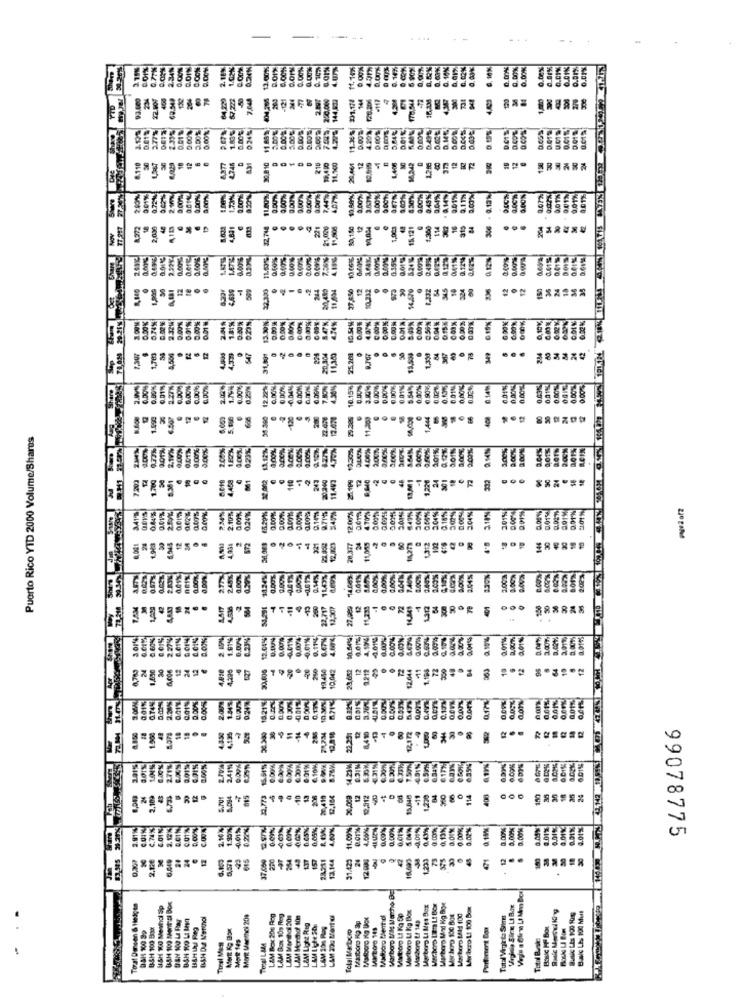
-
30.20%
0.CON
C.OIN
2.18%
13.0309%
6.00%
0.00%
0 00%
0.63%
0. 10%
0.00%
0.00%
0.01%
0.01%
0.01%
2.34%
88
93,600
234
67,222
7.048
200
-121
250.000
144,832
144
120.200
#117
120
3.77%
1.83%
4.201
0.001
D.CON
11.689
556888
8.110
30
18
12
4.746
30,810
210
11.100
12
1.406
1342
12
12
138
BRAARA
2.40%%
1.73%%
11.40%
0.00%
0.00%
4,07%
10,88%
5.00%
3.00%
043%
0.04%
6.00%
0,0 1%
9.01%
0.01%
1,272
2,030
48
21,029
11,806
33,1.50
12
1,003
15121
194
16
315
...
204
54
0.00%
0.00%
0.00%%
0.60%
0.001%
10.Com
a.12%
0.1214
412%
30
sì.i
12
509
22.333
244
12
10.312
.
STS
14,570
.
54
345
14
324
12
12
36
35
13.30%
0,10%
2.32%
141%
0.00%
0.00%
0.60%
5.47X
4.24%
0.15%
.703
4,500
12
31,99
20,304
75.263
....
78
234
...
0.01%
2.27%
0,00%
0.00%
12.22%%
10.15%
0.00%
0.00%
6.90%
6.14%
0,01%
0.00%
1.990
35.300
-120
12.670
25.200
11,200
1.444
12
Puerto Rico YTD 2000 Volume/Shares
acex
0.23%
9.10%
4.79%
2 sets
REIN
1.20G
110
-1
243
11.493
332
48
1,220
34,069 45.2016
4.70%%
0.01%
341%
0.01%
2.50%
234%
0.24%
0.00%
0.00%%
1200%
$49%
2.04%%
2.10%
0.0156
11,059
122
12
4,038
2
572
321
12,823
20.377
00
4'D
30
30
1.00%
2.00%
1.30%
80
42
24
2
200
2,717
14,307
1312
...
24
BR
30144
0.60%
2.27%
1.91%
0.23%
12.01%
0,00%
0.01%
0,11%
0,763
12
24
12
.
12
12.644
1.198
72
84
13
12
1,690
D.O0%
30.380 18.21%
10.30%
0.00
0.00%
2.20%
2.00%
0 30%
18
4,135
286
8410
72
8,800
1.000
4.53
80
30
3.01%
2.71%
a.ors
6.91%
2.41%
0.00%
6.29%
0.00%
14.23M
5.35K
6.39%
O.COM
LLILLE
2.109
43
5.701
A,094
015
-40
13
27,419
12
12,312
-11
408
30
2.91%
C.74%
COIN
D.CIN
1.90%
0.22%
0.00%
0,05%%
4.00%
11.00%
0.00%
0,01%
4.05%
0.00%
0.01%
0.000%
0.02%
0.00%
5.001%
1.01%
0.01%
4.01%
588
99078775
83.345
0,207
34
12
37.060
157
28.211
13.144
31.429
12.035
2
16.603
1.233
73
471
30
ER'S
Marboro Mld Marchio By
Toal Desen & Hedges
8-8H 100 Ment cl Box
Marboro Lt Kg Box
Marboro LI Mes Box
Marboro Mal Kg Boe
Moribcro Lt 100 Box
B&H Da Menthol
Merit Marthci 208
L&M Box 20s Rog
LAM Box 105 Rey
LAM Monthol 200
LAM 20s Mantel
Malboro Ko ap
Marlboro Ko Box
Madboro Blentol
Macboro Lt 143
Mortero 100 B04
Warboro LAM 100
Total Virginta Siim
B.al LIS 100 Mul
BSH 100 39
BSH 100 Box
MOR Kg Box
L&M Light Reg
LAMUCHSO
LAM 100 Rag
Tolal Marbro
Martoro 145
Portoment Box
Bouc HF Box
Mortt 145
Total Buske
TOjeI LAM